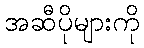
အဆီပိုများကို